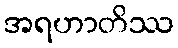
အရဟာတိဿ